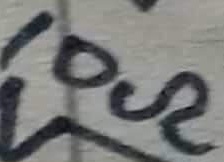
Text: 10Ω